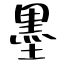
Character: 墨